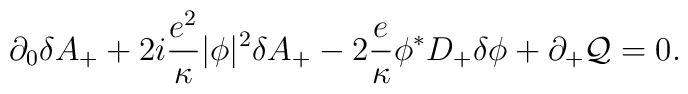
\partial_0 \delta A_+ + 2i{e^2\over\kappa}|\phi|^2 \delta A_+-2{e\over\kappa} \phi^*  D_+\delta\phi +\partial _+ {\cal Q}  = 0 .